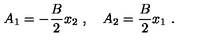
A _ { 1 } = - \frac { B } { 2 } x _ { 2 } \ , \quad A _ { 2 } = \frac { B } { 2 } x _ { 1 } \ .